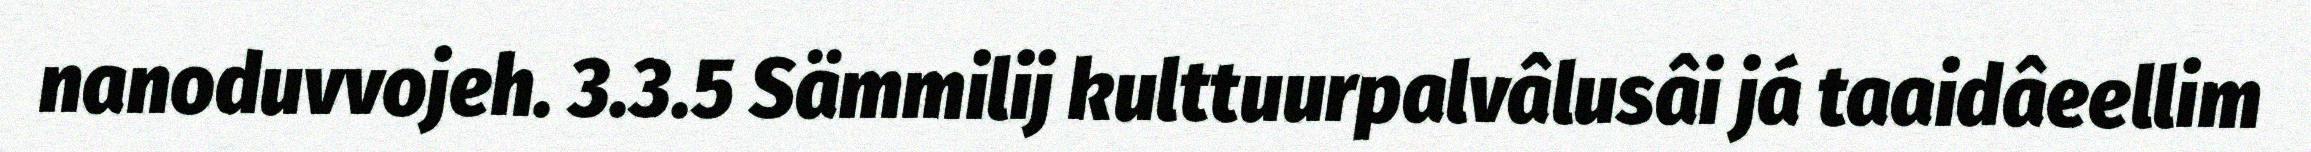
nanoduvvojeh. 3.3.5 Sämmilij kulttuurpalvâlusâi já taaidâeellim